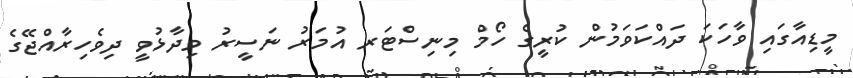
މީޑިއާގައި ވާހަކަ ދައްކަވަމުން ކުރީގެ ހޯމް މިނިސްޓަރ އުމަރު ނަސީރު ވިދާޅުވީ ދިވެހިރާއްޖޭގެ